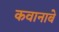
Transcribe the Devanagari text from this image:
कवानाबे